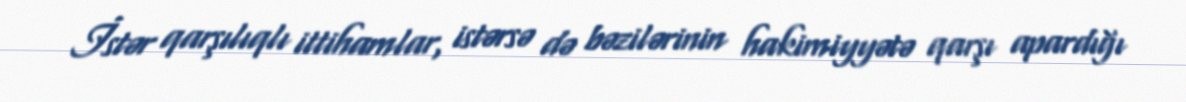
İstər qarşılıqlı ittihamlar, istərsə də bəzilərinin hakimiyyətə qarşı apardığı